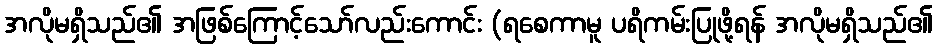
အလိုမရှိသည်၏ အဖြစ်ကြောင့်သော်လည်းကောင်း (ရစေကာမူ ပရိကမ်းပြုဖို့ရန် အလိုမရှိသည်၏